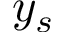
y _ { s }